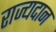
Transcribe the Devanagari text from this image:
राज्यदान